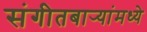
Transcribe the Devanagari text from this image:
संगीतबार्‍यांमध्ये